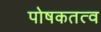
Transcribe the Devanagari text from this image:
पोषकतत्व